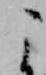
こ